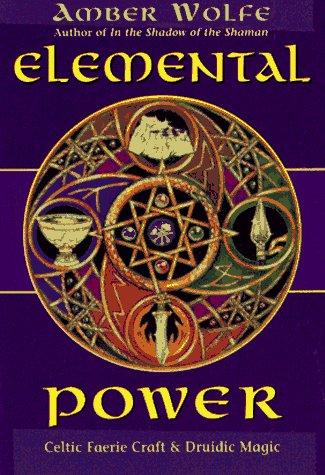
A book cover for Elemental Power: Celtic Faerie Craft & Druidic Magic (Llewellyn's Celtic Wisdom); Amber Wolfe; Religion & Spirituality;